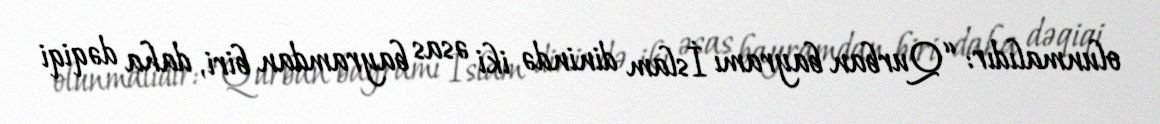
olunmalıdır: “Qurban bayramı İslam dinində iki əsas bayramdan biri, daha dəqiqi